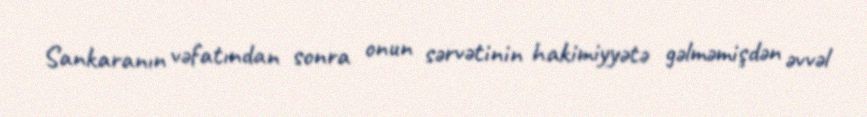
Sankaranın vəfatından sonra onun sərvətinin hakimiyyətə gəlməmişdən əvvəl